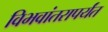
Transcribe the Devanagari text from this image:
विभवांतरापर्यंत